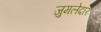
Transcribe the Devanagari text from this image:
जुमलेदारः